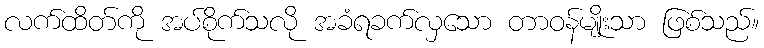
လက်ထိတ်ကို အပ်စိုက်သလို အခံရခက်လှသော တာဝန်မျိုးသာ ဖြစ်သည်။